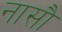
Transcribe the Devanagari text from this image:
नासौ